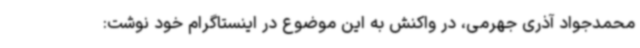
محمدجواد آذری جهرمی، در واکنش به این موضوع در اینستاگرام خود نوشت: